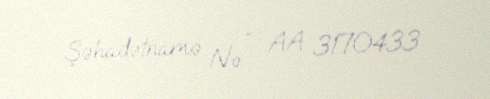
Şəhadətnamə № — AA 3170433